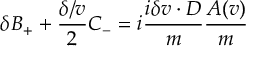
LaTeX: \delta B _ { + } + \frac { \delta \slash v } { 2 } C _ { - } = i \frac { i \delta v \cdot D } { m } \frac { A ( v ) } { m }